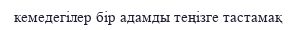
кемедегілер бір адамды теңізге тастамақ